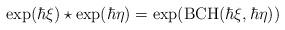
LaTeX: \begin{align*} \exp(\hbar\xi) \star \exp(\hbar\eta) = \exp(\mathrm{BCH}(\hbar\xi, \hbar\eta)) \end{align*}